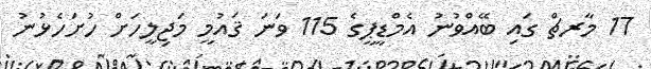
17 މާރޗް ގައި ބޭއްވުނު އެމްޑީޕީގެ 115 ވަނަ ޤައުމީ މަޖިލީހަށް ހުށަހެޅުނު